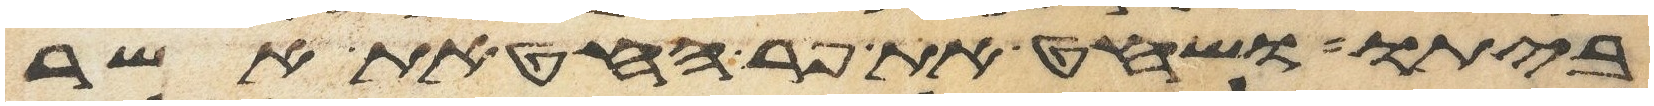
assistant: ביתו ושחט את פר החטאת אשר